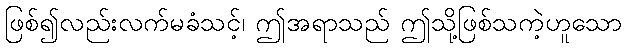
ဖြစ်၍လည်းလက်မခံသင့်၊ ဤအရာသည် ဤသို့ဖြစ်သကဲ့ဟူသော